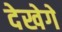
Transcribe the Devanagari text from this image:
देखेगे